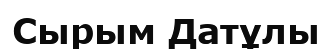
Сырым Датұлы